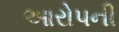
આરોપની